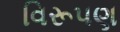
વિરૂપણ